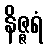
နိဇ္ဇရံ